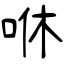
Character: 咻